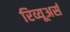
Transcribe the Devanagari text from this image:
रिव्यूअर्स